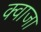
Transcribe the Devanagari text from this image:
क्वाजा